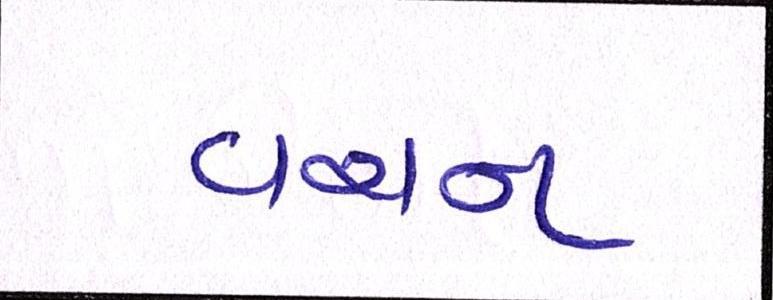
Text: વચન